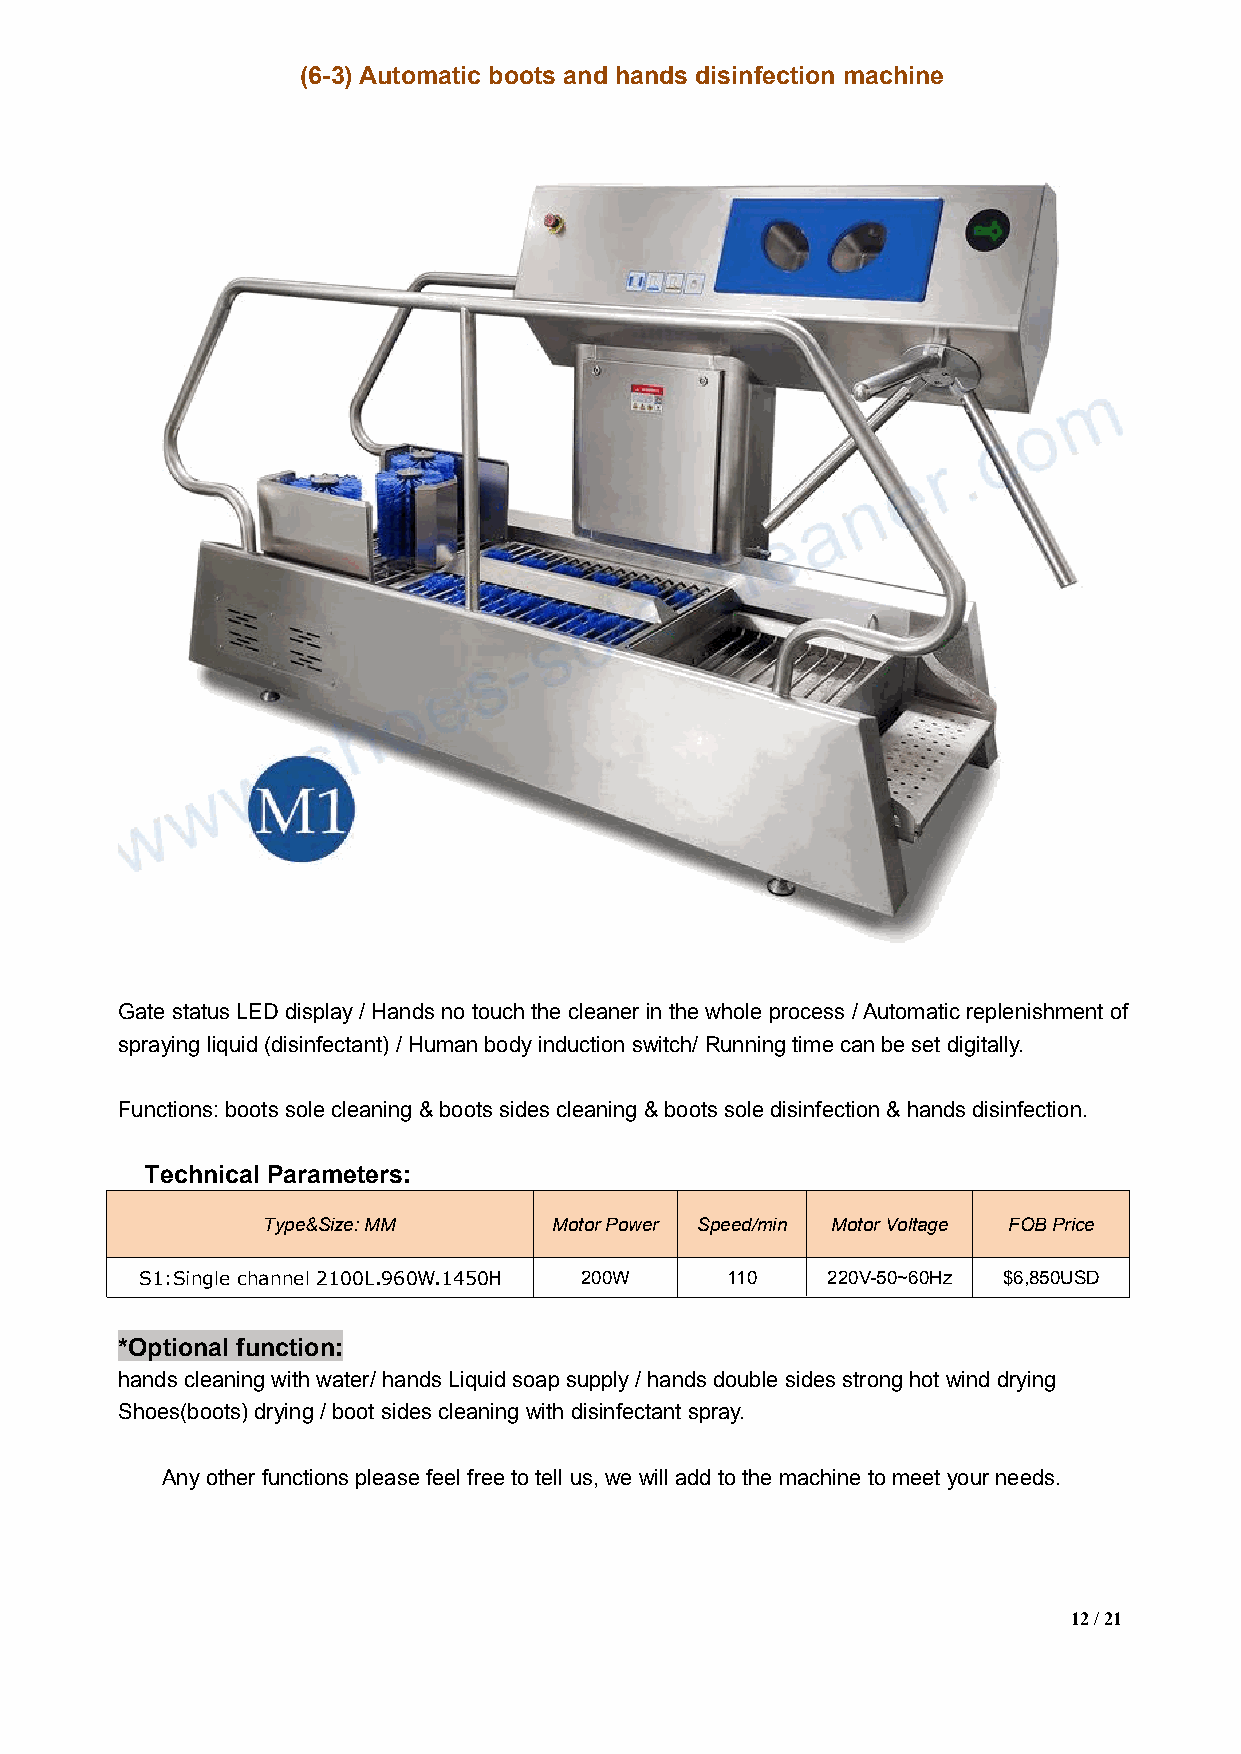
(6-3)Automatic boots and hands disinfection machine
 Gate status LED display/Hands no touchthe cleaner in the whole process /Automatic replenishmentof
 spraying liquid (disinfectant) /Humanbody induction switch/Running timecan beset digitally.
 Functions:boots solecleaning &boots sidescleaning &boots sole disinfection &hands disinfection.
 Technical Parameters:
 Type&Size:MM        MotorPower Speed/min MotorVoltage FOBPrice
 S1:Single channel 2100L.960W.1450H 200W 110   220V-50~60Hz $6,850USD
 *Optional function:
 hands cleaningwith water/ handsLiquid soapsupply /hands double sides stronghotwinddrying
 Shoes(boots)drying /boot sides cleaning with disinfectant spray.
 Anyother functions pleasefeelfreetotell us,we will add tothe machinetomeet your needs.
 12/21